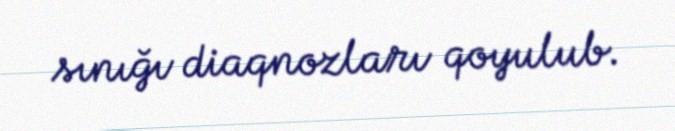
sınığı diaqnozları qoyulub.